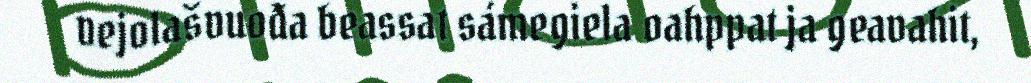
vejolašvuođa beassat sámegiela oahppat ja geavahit,